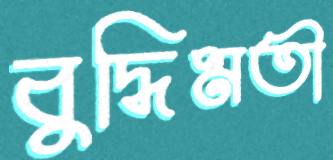
বুদ্ধিমতী